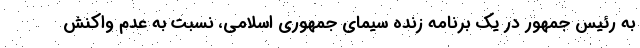
به رئیس جمهور در یک برنامه زنده سیمای جمهوری اسلامی، نسبت به عدم واکنش